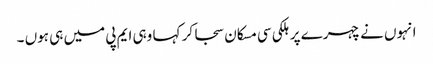
انہوں نے چہرے پر ہلکی سی مسکان سجا کر کہا وہی ایم پی میں ہی ہوں ۔